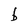
Character: b